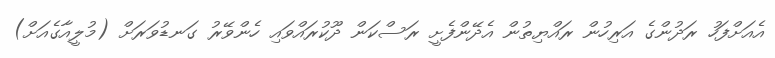
އެއަށްފަހު ރަދުންގެ އަރިހުން ރައްޔިތުން އެދޭންފެށީ ރަސްކަން ދޫކުރައްވައި ހެންވޭރު ގަނޑުވަރަށް (މުލީއާގެއަށް)